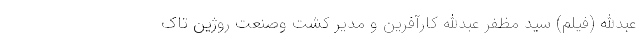
عبدالله (فیلم) سید مظفر عبدالله کارآفرین و مدیر کشت وصنعت روژین تاک